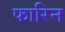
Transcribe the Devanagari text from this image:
फारिन